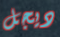
ديجل